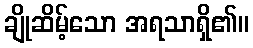
ချိုဆိမ့်သော အရသာရှိ၏။